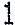
1